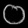
Digit: ၀